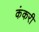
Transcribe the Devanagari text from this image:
कंकरी